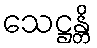
သေဋ္ဌန္တိ